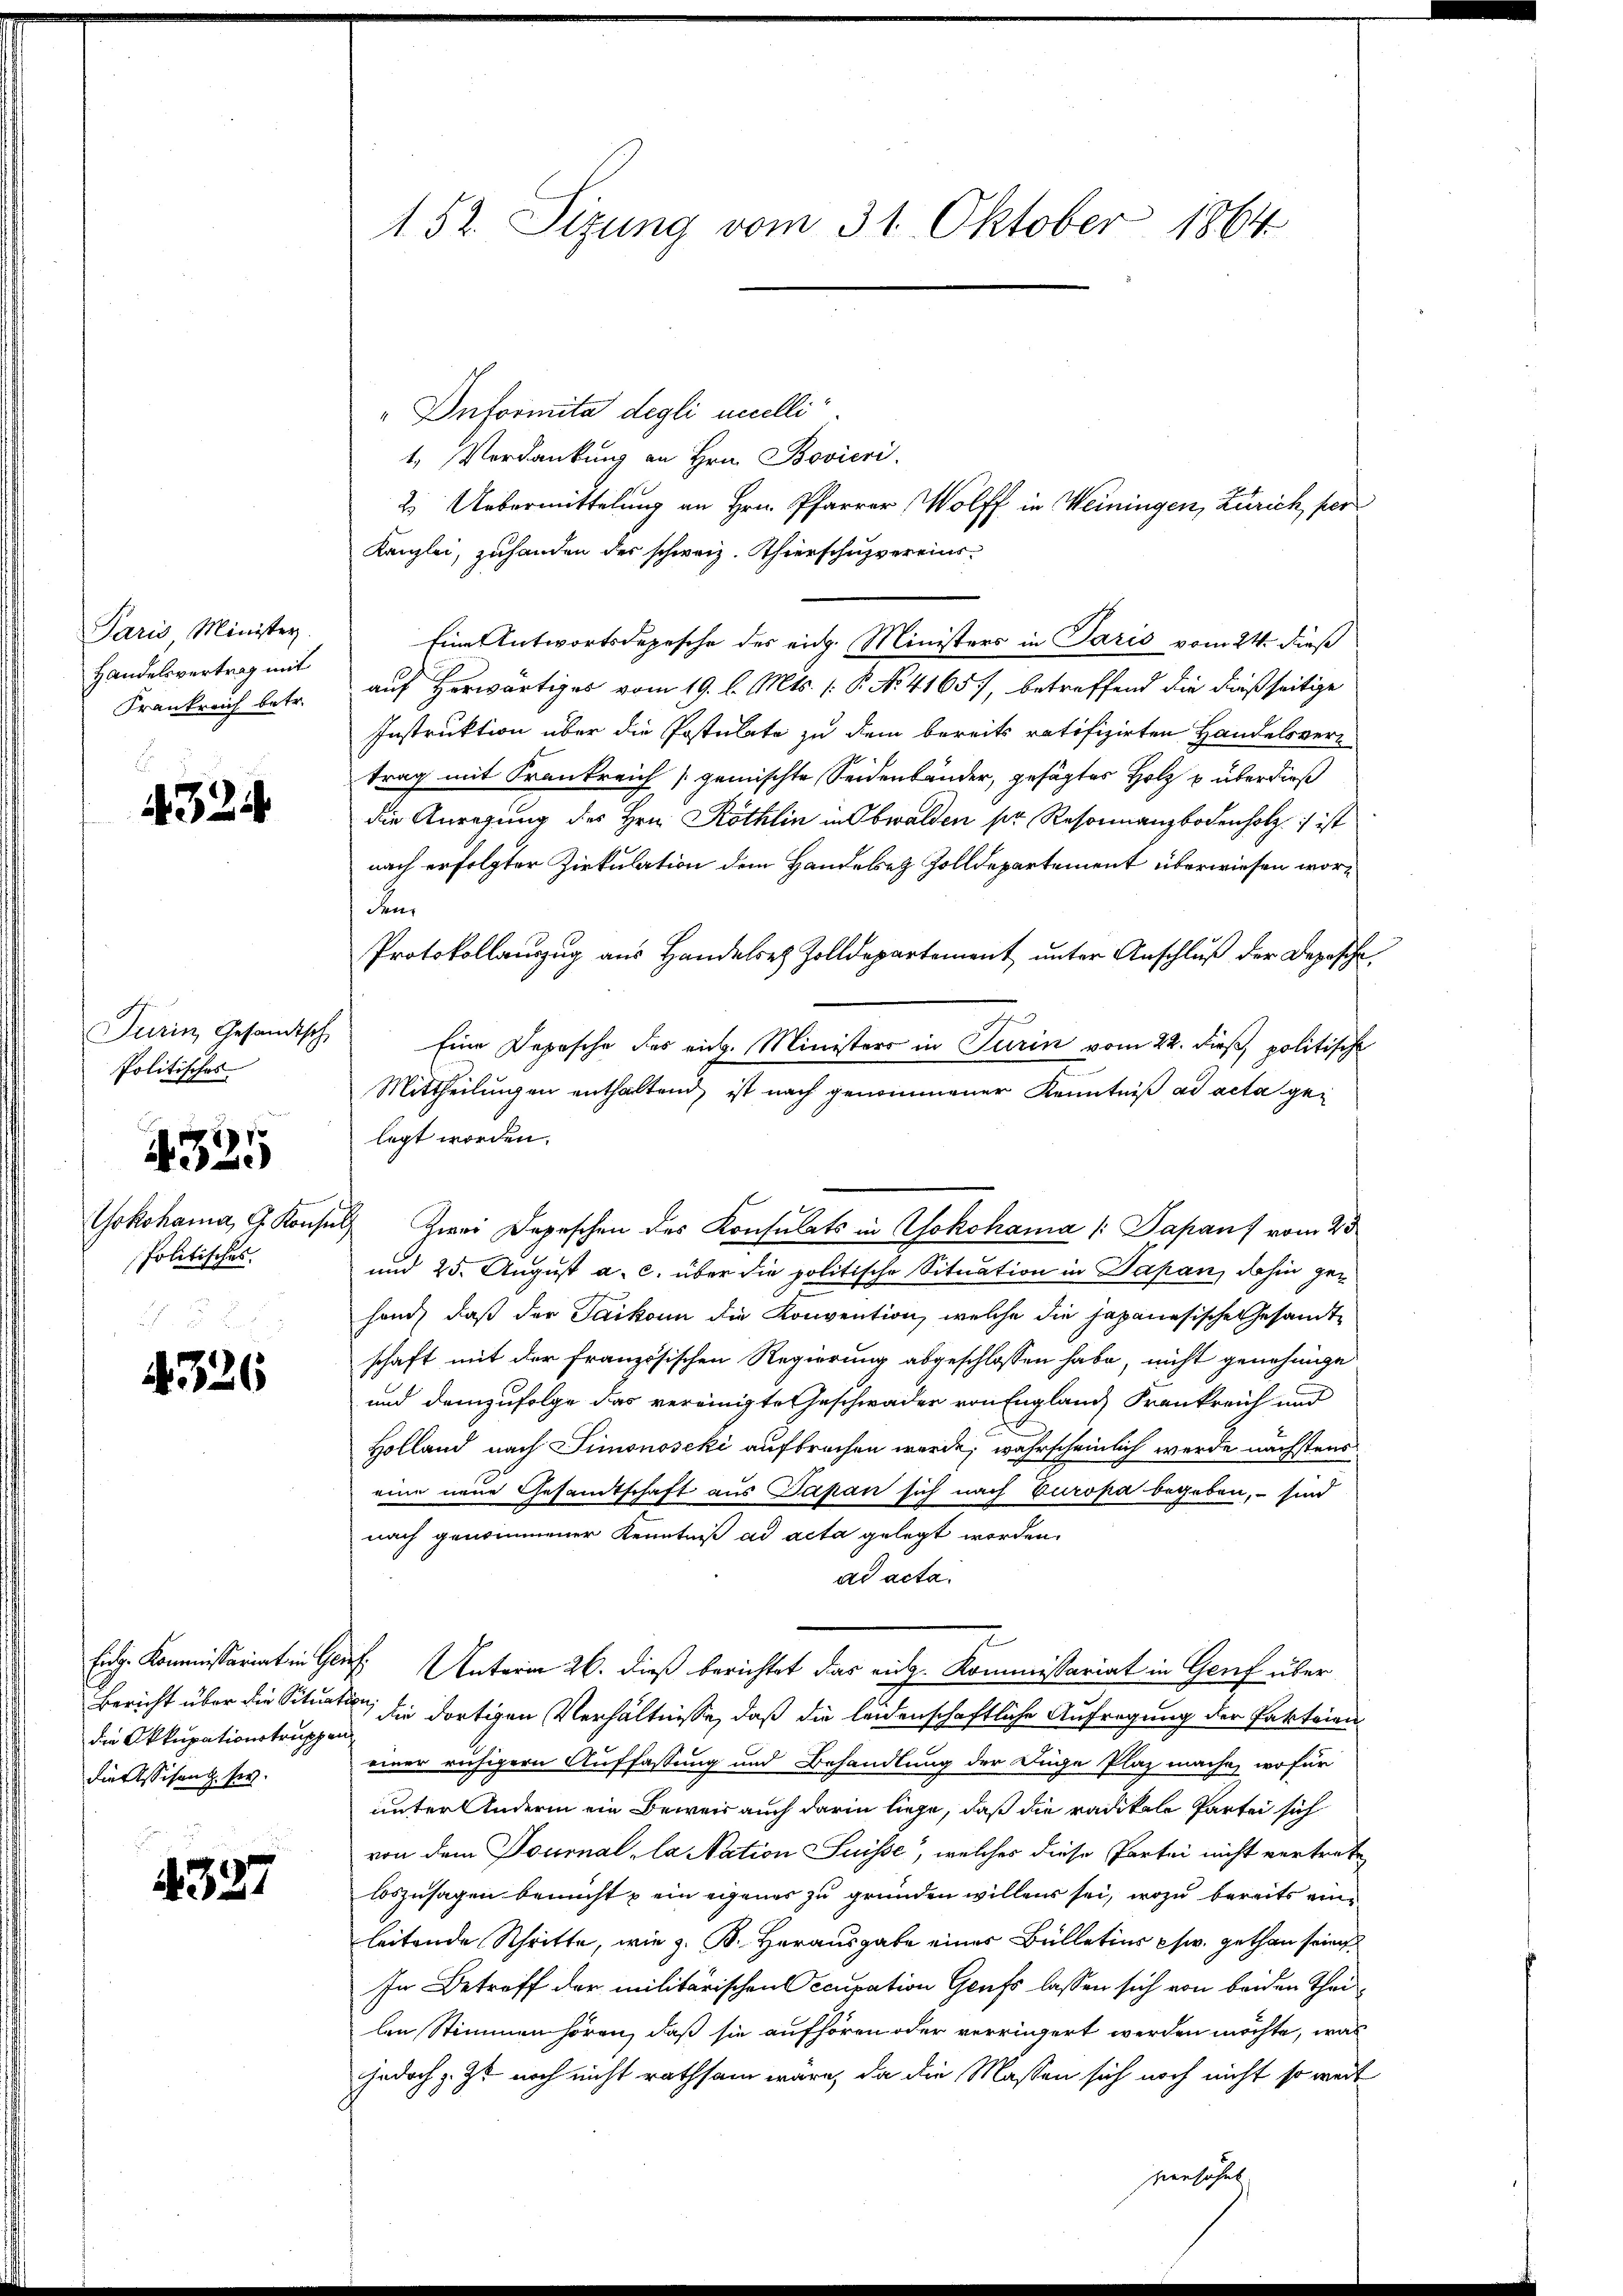
Paris Minister.
Handelsvertrag mit
Frankreich betr.

E
4324

Turin Gesandtsch
Politisches

4325

Yokohama, G. Konser
Politisches.

4326

die Okkupationstruppen
diesessisung sey.

4327

152. Sizung vom 31. Oktober 1864

"Informita degli nelli¬
1. Verdankung an Hrn. Bovicri.
2. Uebermittelung an Hrn. Pfarrer Wolff in Weiningen, Zürich per
Kanzlei, zuhanden der schweiz. Thierschuzvereins¬
Eine Antwortsdepesche des eidg. Ministers in Paris vom 24. dieß
auf Herwärtiges vom 19. l. Mts. (: P. No 41657, betreffend die dießseitige
Instruktion über die Postulate zu dem bereits ratifizirten Handelsvertrag mit Frankreich [gemischte Seidenbänder, gesagtes Holz & überdieß
die Anregung des Hrn. Röthlin in Obwalden pr. Resonnanzbodenholz ist
nach erfolgter Zirkulation dem Handebez Zolldepartement überwiesen worden
Protokollauszug aus Handelsez Zolldepartement unter Anschluß der Depesche
Eine Depesche des eng. Ministers in Turin vom 22. dieß politische
Mittheilungen enthaltend, ist nach genommener Kenntniß ad acta gelegt worden.
 Zwei Depeschen des Konsulats in Yokohama /: Papans vom 23
und 25. August a. c. über die politische Situation in Japan, dahin gehand daß der Saikoin die Konvention, welche die Japanesische Gesandt
schaft mit der französischen Regierung abgeschlossen habe, nicht genehmige
und demzufolge das vereinigte Geschwäder von England, Frankreich und
Holland nach Simonoscki aufbrechen werde, wahrscheinlich werde nächstens
eine neue Gesamtschaft aus Japan sich nach Europa begeben, – sind
nach genommener Kenntniß ad acta gelegt worden.
ad acta.
Eidge Kommissariat in Gries Unterm 26. dieß berichtet das mit-Kommissariat in Genf über
Bericht über die Situationen, die dortigen Verhältnisse, daß die leidenschaftliche Aufregung der Parteien
einer ruhigern Auffassung und Behandlung der Duge Plaz mache, wofür
unter Anderen ein Beweis auch darin liege, daß die radikale Partei sich
von dem Tournal la Nation Suisse, welches diese Partei nicht vertrete
loszusagen bemüht u ein eigenes zu gründen willen sei, wozu bereits eine
leitende Schritte, wie z. B. Herausgabe einer Bulletinschw. gethan sein
In Betreff der militärischen Occupation Genf lassen sich von beiden Theillen Stimmen hören, daß sie aufhören oder verringert werden möchte, was
jedoch z. Zt. noch nicht rathsam wäre, da die Massen sich noch nicht so weit